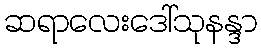
ဆရာလေးဒေါ်သုနန္ဒာ